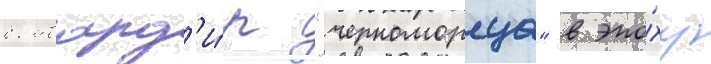
бомбард'и́р "черноморца" в эпо́ху